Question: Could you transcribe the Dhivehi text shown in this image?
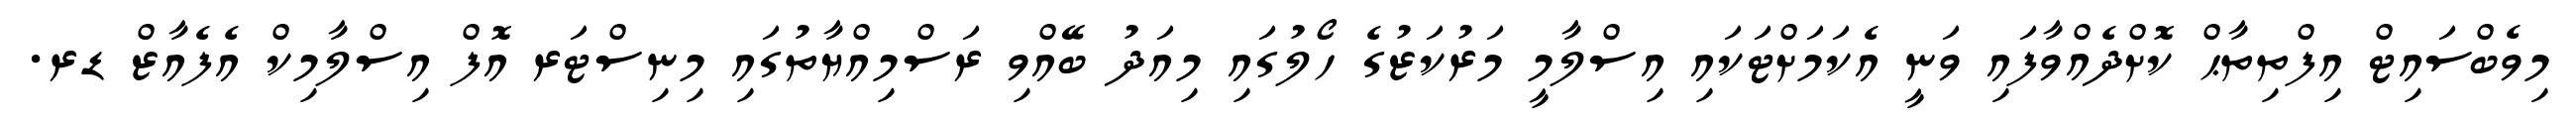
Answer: މިވެބްސައިޓް އިފްތިތާޙް ކޮށްދެއްވާފައި ވަނީ އެކަމަށްޓަކައި އިސްލާމީ މަރުކަޒުގެ ހޯލުގައި މިއަދު ބޭއްވި ރަސްމިއްޔާތުގައި މިނިސްޓަރ އޮފް އިސްލާމިކް އެފެއާޒް ޑރ.